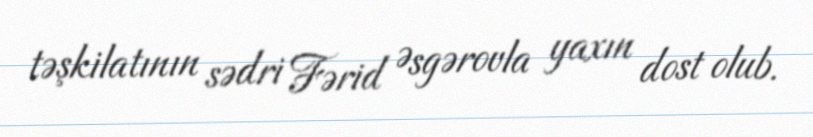
təşkilatının sədri Fərid Əsgərovla yaxın dost olub.